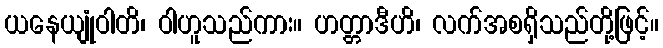
ယနေယျုံဝါတိ၊ ဝါဟူသည်ကား။ ဟတ္တာဒီဟိ၊ လက်အစရှိသည်တို့ဖြင့်။